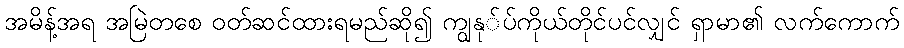
အမိန့်အရ အမြဲတစေ ဝတ်ဆင်ထားရမည်ဆို၍ ကျွနု်ပ်ကိုယ်တိုင်ပင်လျှင် ရှာမာ၏ လက်ကောက်